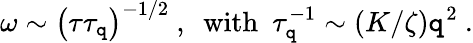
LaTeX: \omega\sim\left(\tau\tau_{\mathtt{q}}\right)^{-1/2}\ ,\ \ \mathrm{{with}}\ \ \tau_{\mathtt{q}}^{-1}\sim(K/\zeta)\mathtt{q}^{2}\ .